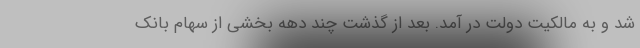
شد و به مالکیت دولت در آمد. بعد از گذشت چند دهه بخشی از سهام بانک